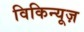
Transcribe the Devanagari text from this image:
विकिन्यूज़